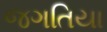
જગતિયા